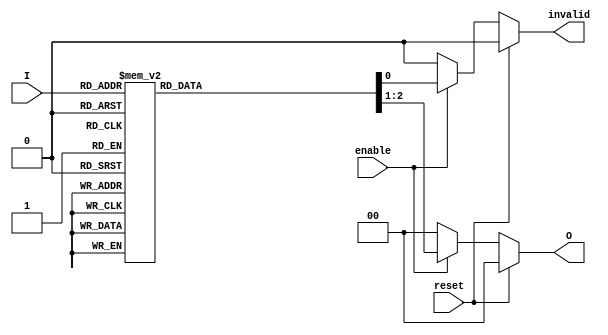
module RelativeEncoder (
    input wire [3:0] I,       // 4 input lines
    input wire enable,        // Enable signal
    input wire reset,         // Synchronous reset
    output reg [1:0] O,       // 2-bit output for encoding
    output reg invalid        // Invalid state indicator
);

always @(*) begin
    // Default outputs
    O = 2'b00;               // Default output
    invalid = 1'b0;         // Default invalid state

    // Check for reset condition
    if (reset) begin
        O = 2'b00;           // Reset output to known state
        invalid = 1'b0;      // Reset invalid flag
    end else if (enable) begin
        // Priority encoding logic
        casez (I)            // casez allows for 'z' handling
            4'b0001: O = 2'b00; // I0 active
            4'b0010: O = 2'b01; // I1 active
            4'b0100: O = 2'b10; // I2 active
            4'b1000: O = 2'b11; // I3 active
            4'b0011: begin      // I0 and I1 active
                O = 2'b11;     // Invalid state
                invalid = 1'b1;
            end
            4'b0110: begin      // I1 and I2 active
                O = 2'b11;     // Invalid state
                invalid = 1'b1;
            end
            4'b1001: begin      // I0 and I3 active
                O = 2'b11;     // Invalid state
                invalid = 1'b1;
            end
            4'b1100: begin      // I2 and I3 active
                O = 2'b11;     // Invalid state
                invalid = 1'b1;
            end
            4'b1111: begin      // All inputs active
                O = 2'b11;     // Invalid state
                invalid = 1'b1;
            end
            default: begin
                O = 2'b11;     // Invalid state for any other combination
                invalid = 1'b1;
            end
        endcase
    end else begin
        O = 2'b00; // If not enabled, output is default
        invalid = 1'b0; // No invalid state
    end
end

endmodule